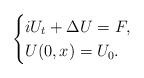
LaTeX: \begin{align*}\begin{cases}iU_{t}+\Delta U=F,\\U(0,x)=U_{0}.\end{cases}\end{align*}